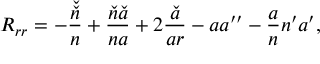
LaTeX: R _ { r r } = - \frac { \check { \check { n } } } { n } + \frac { \check { n } \check { a } } { n a } + 2 \frac { \check { a } } { a r } - a a ^ { \prime \prime } - \frac { a } { n } n ^ { \prime } a ^ { \prime } ,